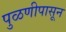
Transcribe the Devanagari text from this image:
पुळणीपासून